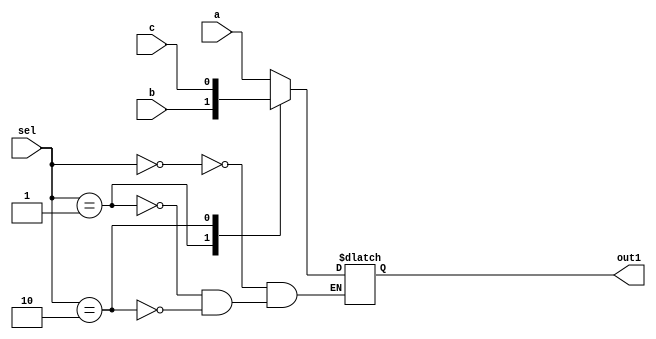
module CAS_NR_DEFN (a, b, c, sel, out1);
   input a;
   input b;
   input c;
   input [1:0] sel;
   output out1;
   reg out1;
   always @(a or b or c or sel)
   begin
      case (sel)
         2'b00: out1 = a;
         2'b01: out1 = b;
         2'b10: out1 = c;
      endcase
   end
endmodule